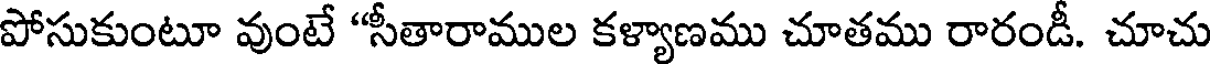
పోసుకుంటూ వుంటే "సీతారాముల కళ్యాణము చూతము రారండీ. చూచు